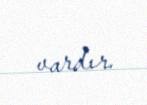
vardır.